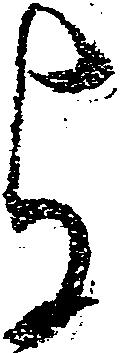
与